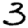
Digit: 3